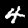
Digit: 4